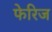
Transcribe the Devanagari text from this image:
फेरिज